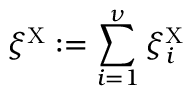
\xi ^ { \mathrm { X } } : = \sum _ { i = 1 } ^ { \nu } \xi _ { i } ^ { \mathrm { X } }